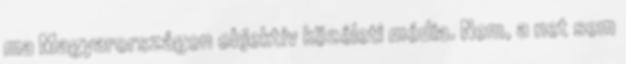
ma Magyarországon objektív közéleti média. Nem, a net sem